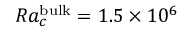
R a _ { c } ^ { \mathrm { \tiny { b u l k } } } = 1 . 5 \times 1 0 ^ { 6 }